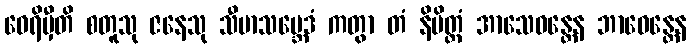
ဝေရိမှီတိ စတူသု ဇနေသု သီမာသမ္ဘေဒံ ကတွာ တံ နိမိတ္တံ အာသေဝန္တေန ဘာဝေန္တေန